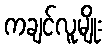
ကချင်လူမျိုး